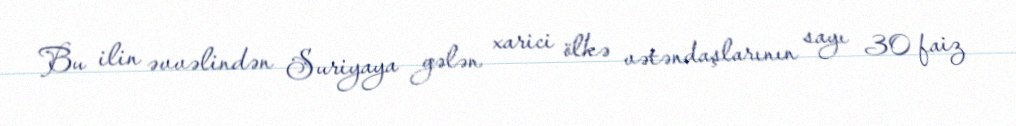
Bu ilin əvvəlindən Suriyaya gələn xarici ölkə vətəndaşlarının sayı 30 faiz